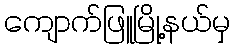
ကျောက်ဖြူမြို့နယ်မှ